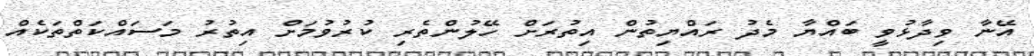
އޭނާ ވިދާޅުވީ ބައްޔާ މެދު ރައްޔިތުން އިތުރަށް ހޭލުންތެރި ކުރުވުމަށް އިތުރު މަސައްކަތްތަކެއް